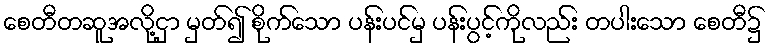
စေတီတဆူအလို့ငှာ မှတ်၍ စိုက်သော ပန်းပင်မှ ပန်းပွင့်ကိုလည်း တပါးသော စေတီ၌